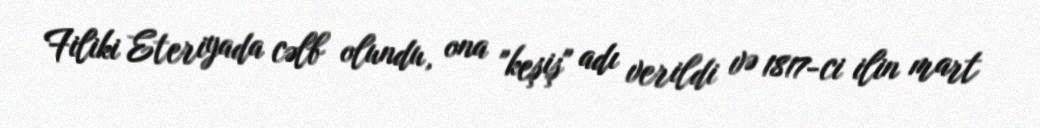
Filiki Eteriyada cəlb olundu, ona "keşiş" adı verildi və 1817-ci ilin mart